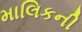
માલિકની